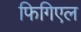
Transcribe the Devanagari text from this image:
फिगिएल